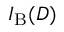
I _ { \mathrm { B } } ( D )